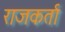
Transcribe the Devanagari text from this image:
राजकर्ता